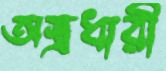
অস্ত্রধারী